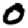
Digit: 0